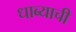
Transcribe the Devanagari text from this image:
धाब्याची